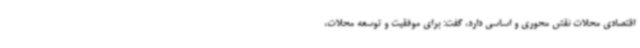
اقتصادی محلات نقش محوری و اساسی دارد، گفت: برای موفقیت و توسعه محلات،